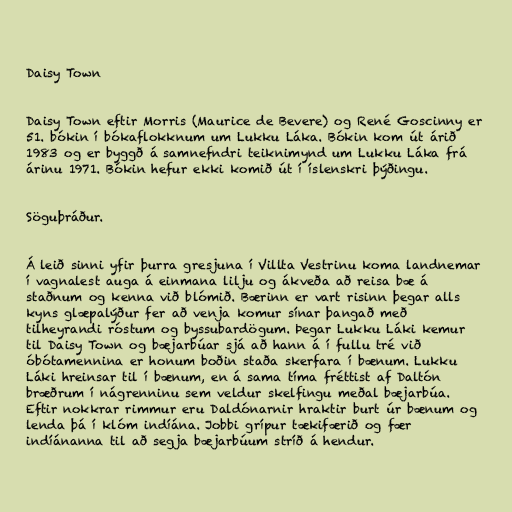
Daisy Town

Daisy Town eftir Morris (Maurice de Bevere) og René Goscinny er
51. bókin í bókaflokknum um Lukku Láka. Bókin kom út árið
1983 og er byggð á samnefndri teiknimynd um Lukku Láka frá
árinu 1971. Bókin hefur ekki komið út í íslenskri þýðingu.

Söguþráður.

Á leið sinni yfir þurra gresjuna í Villta Vestrinu koma landnemar
í vagnalest auga á einmana lilju og ákveða að reisa bæ á
staðnum og kenna við blómið. Bærinn er vart risinn þegar alls
kyns glæpalýður fer að venja komur sínar þangað með
tilheyrandi róstum og byssubardögum. Þegar Lukku Láki kemur
til Daisy Town og bæjarbúar sjá að hann á í fullu tré við
óbótamennina er honum boðin staða skerfara í bænum. Lukku
Láki hreinsar til í bænum, en á sama tíma fréttist af Daltón
bræðrum í nágrenninu sem veldur skelfingu meðal bæjarbúa.
Eftir nokkrar rimmur eru Daldónarnir hraktir burt úr bænum og
lenda þá í klóm indíána. Jobbi grípur tækifærið og fær
indíánanna til að segja bæjarbúum stríð á hendur.